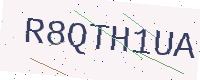
Text: R8QTH1UA